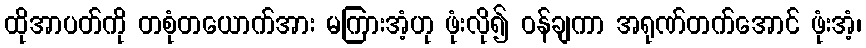
ထိုအာပတ်ကို တစုံတယောက်အား မကြားအံ့ဟု ဖုံးလို၍ ဝန်ချကာ အရုဏ်တက်အောင် ဖုံးအံ့၊